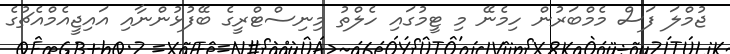
ޖުމްލަ ފަސް މެމްބަރުން ހިމެނޭ މި ޓީމުގައި ހެލްތު މިނިސްޓްރީގެ ބޭފުޅުންނާއި އައިޖީއެމްއެޗުގެ